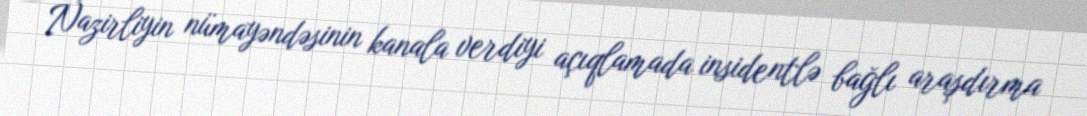
Nazirliyin nümayəndəsinin kanala verdiyi açıqlamada insidentlə bağlı araşdırma